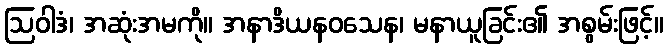
ဩဝါဒံ၊ အဆုံးအမကို။ အနာဒိယနဝသေန၊ မနာယူခြင်း၏ အစွမ်းဖြင့်။